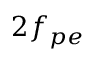
2 f _ { p e }